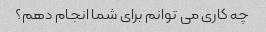
چه کاری می توانم برای شما انجام دهم؟